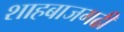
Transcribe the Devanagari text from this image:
शाहबाजगढी